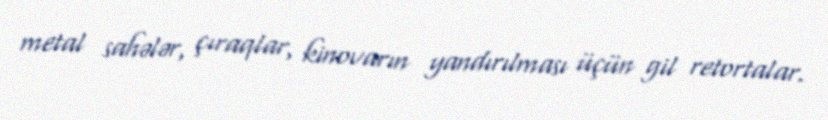
metal sahələr, çıraqlar, kinovarın yandırılması üçün gil retortalar.